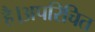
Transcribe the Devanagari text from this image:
है।अपरिचित